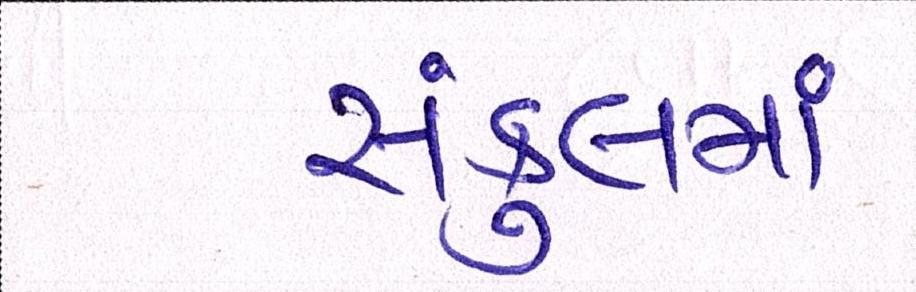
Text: સંકુલમાં